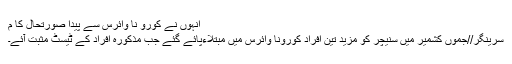
انہوں نے کورو نا وائرس سے پیدا صورتحال کا م
سرینگر//جموں کشمیر میں سنیچر کو مزید تین افراد کورونا وائرس میں مبتلاءپائے گئے جب مذکورہ افراد کے ٹیسٹ مثبت آئے۔